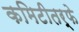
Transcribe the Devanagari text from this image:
कमिटीतर्फे